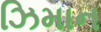
ઝિમાન